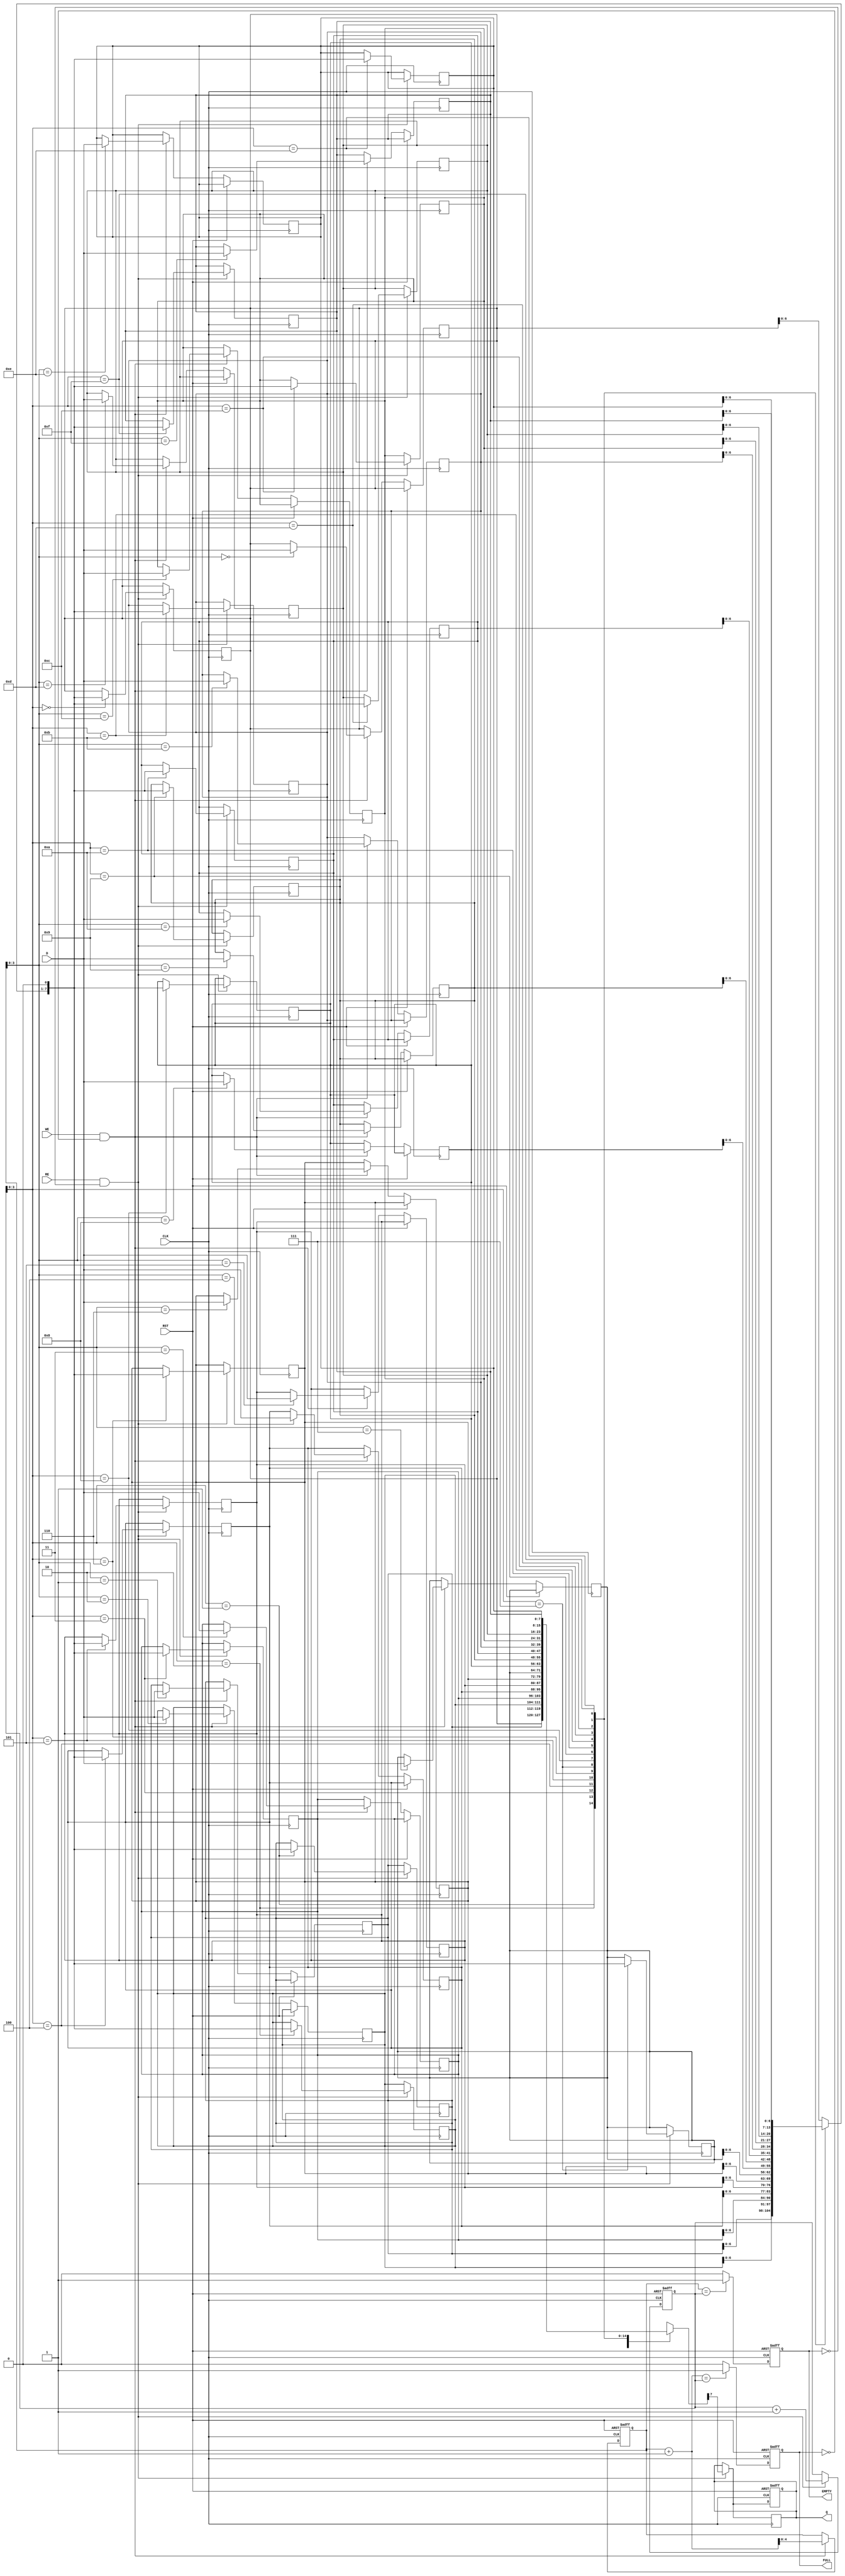
module fifo_piso #(
    parameter DATA_WIDTH = 8,  // Width of the parallel data input
    parameter FIFO_DEPTH = 16   // Depth of the FIFO
)(
    input wire [DATA_WIDTH-1:0] D,  // Parallel data input
    input wire WE,                   // Write enable
    input wire RE,                   // Read enable
    input wire CLK,                  // Clock
    input wire RST,                  // Reset
    output reg Q,                    // Serial output
    output reg FULL,                 // Full flag
    output reg EMPTY                 // Empty flag
);

    // Internal storage for FIFO
    reg [DATA_WIDTH-1:0] fifo_mem [0:FIFO_DEPTH-1];
    reg [4:0] write_ptr;  // Write pointer (5 bits to address FIFO_DEPTH)
    reg [4:0] read_ptr;   // Read pointer (5 bits to address FIFO_DEPTH)

    // Initialize pointers and flags
    initial begin
        write_ptr = 0;
        read_ptr = 0;
        FULL = 0;
        EMPTY = 1;
        Q = 0;
    end

    // Asynchronous reset
    always @(posedge CLK or posedge RST) begin
        if (RST) begin
            write_ptr <= 0;
            read_ptr <= 0;
            FULL <= 0;
            EMPTY <= 1;
            Q <= 0;
        end else begin
            // Writing data
            if (WE && !FULL) begin
                fifo_mem[write_ptr] <= D;  // Store data in FIFO
                write_ptr <= write_ptr + 1; // Increment write pointer
            end

            // Reading data
            if (RE && !EMPTY) begin
                Q <= fifo_mem[read_ptr][DATA_WIDTH-1]; // Output the MSB of the current FIFO entry
                read_ptr <= read_ptr + 1; // Increment read pointer
            end

            // Update FULL and EMPTY flags
            FULL <= (write_ptr + 1 == read_ptr) ? 1 : 0; // FIFO is full if next write pointer equals read pointer
            EMPTY <= (write_ptr == read_ptr) ? 1 : 0; // FIFO is empty if write pointer equals read pointer
        end
    end

    // Shift out the data serially
    always @(posedge CLK) begin
        if (RE && !EMPTY) begin
            // Shift out the next bit from the current read pointer
            Q <= fifo_mem[read_ptr][DATA_WIDTH-1]; // Output the MSB of the current FIFO entry
            fifo_mem[read_ptr] <= {fifo_mem[read_ptr][DATA_WIDTH-2:0], 1'b0}; // Shift left
        end
    end

endmodule